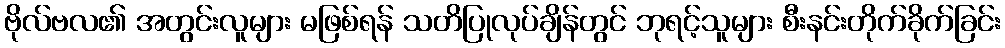
ဗိုလ်ဗလ၏ အတွင်းလူများ မဖြစ်ရန် သတိပြုလုပ်ချိန်တွင် ဘုရင့်သူများ စီးနင်းတိုက်ခိုက်ခြင်း